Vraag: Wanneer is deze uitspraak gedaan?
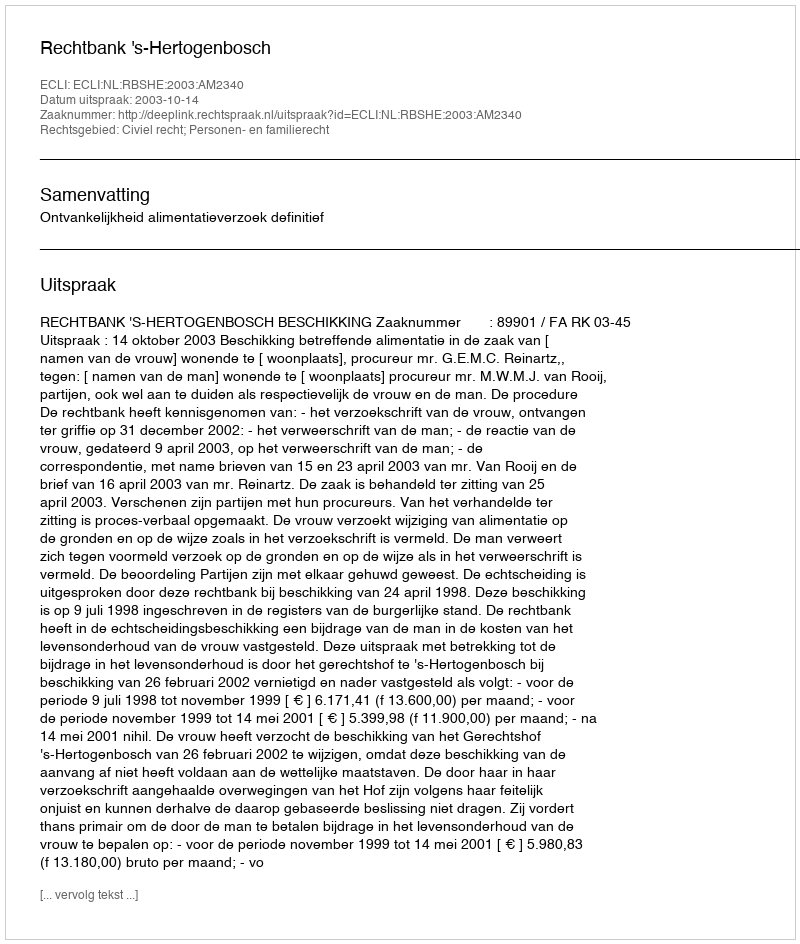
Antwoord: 2003-10-14